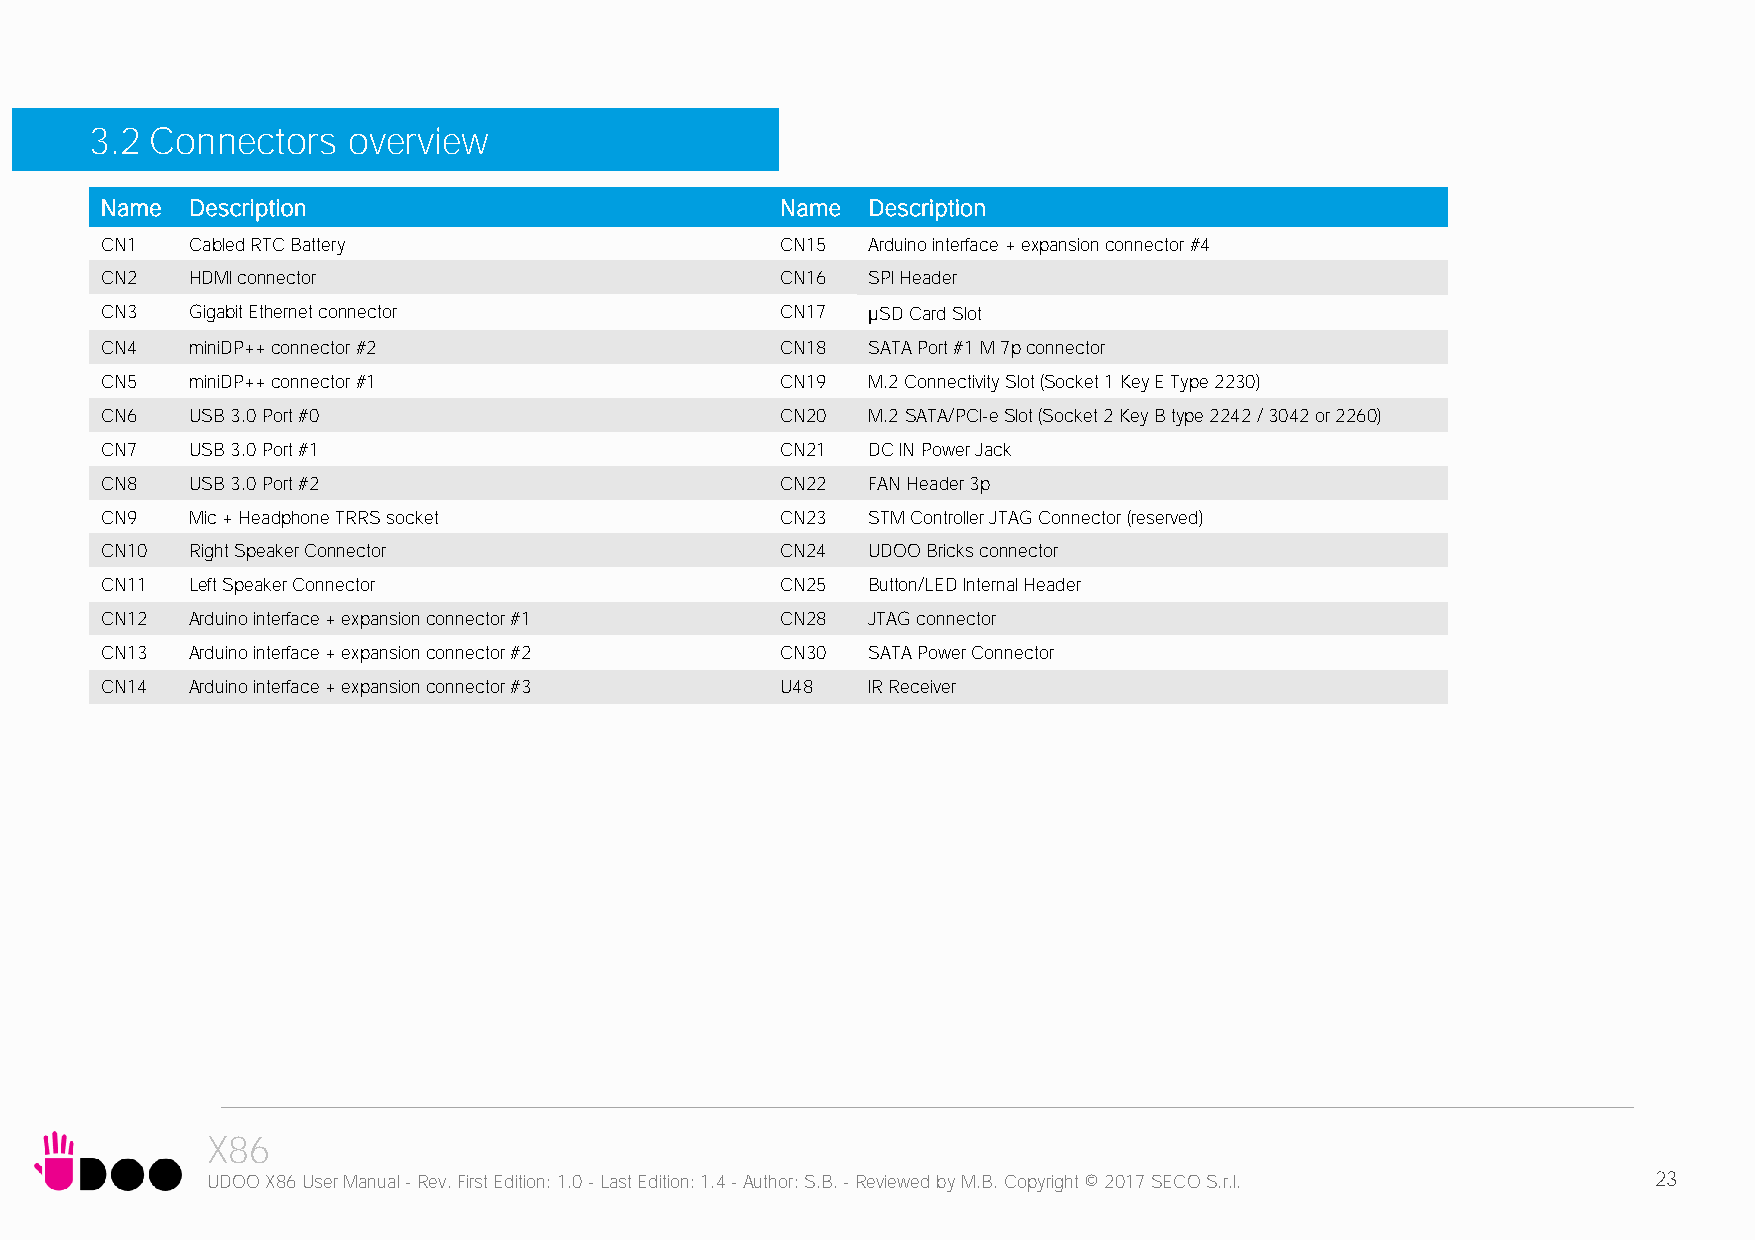
3.2 Connectors   overview
 Name  Description                            Name Description
 CN1   Cabled RTC Battery                     CN15 Arduino interface + expansion connector #4
 CN2   HDMI connector                         CN16 SPI Header
 CN3   Gigabit Ethernet connector             CN17 µSD Card Slot
 CN4   miniDP++ connector #2                  CN18 SATA Port #1 M 7p connector
 CN5   miniDP++ connector #1                  CN19 M.2 Connectivity Slot (Socket 1 Key E Type 2230)
 CN6   USB 3.0 Port #0                        CN20 M.2 SATA/PCI-e Slot (Socket 2 Key B type 2242 / 3042 or 2260)
 CN7   USB 3.0 Port #1                        CN21 DC IN Power Jack
 CN8   USB 3.0 Port #2                        CN22 FAN Header 3p
 CN9   Mic + Headphone TRRS socket            CN23 STM Controller JTAG Connector (reserved)
 CN10  Right Speaker Connector                CN24 UDOO Bricks connector
 CN11  Left Speaker Connector                 CN25 Button/LED Internal Header
 CN12  Arduino interface + expansion connector #1 CN28 JTAG connector
 CN13  Arduino interface + expansion connector #2 CN30 SATA Power Connector
 CN14  Arduino interface + expansion connector #3 U48 IR Receiver
 X86
 UDOO X86 User Manual - Rev. First Edition: 1.0 - Last Edition: 1.4 - Author: S.B. - Reviewed by M.B. Copyright © 2017 SECO S.r.l. 23